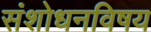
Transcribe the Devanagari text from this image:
संशोधनविषय